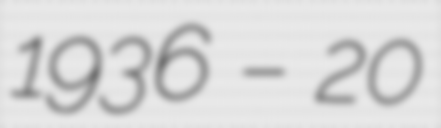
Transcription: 1936 – 20